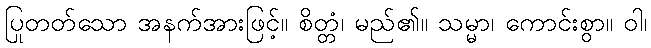
ပြုတတ်သော အနက်အားဖြင့်။ စိတ္တံ၊ မည်၏။ သမ္မာ၊ ကောင်းစွာ။ ဝါ၊